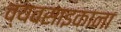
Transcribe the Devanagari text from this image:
व्यवसाइकाना